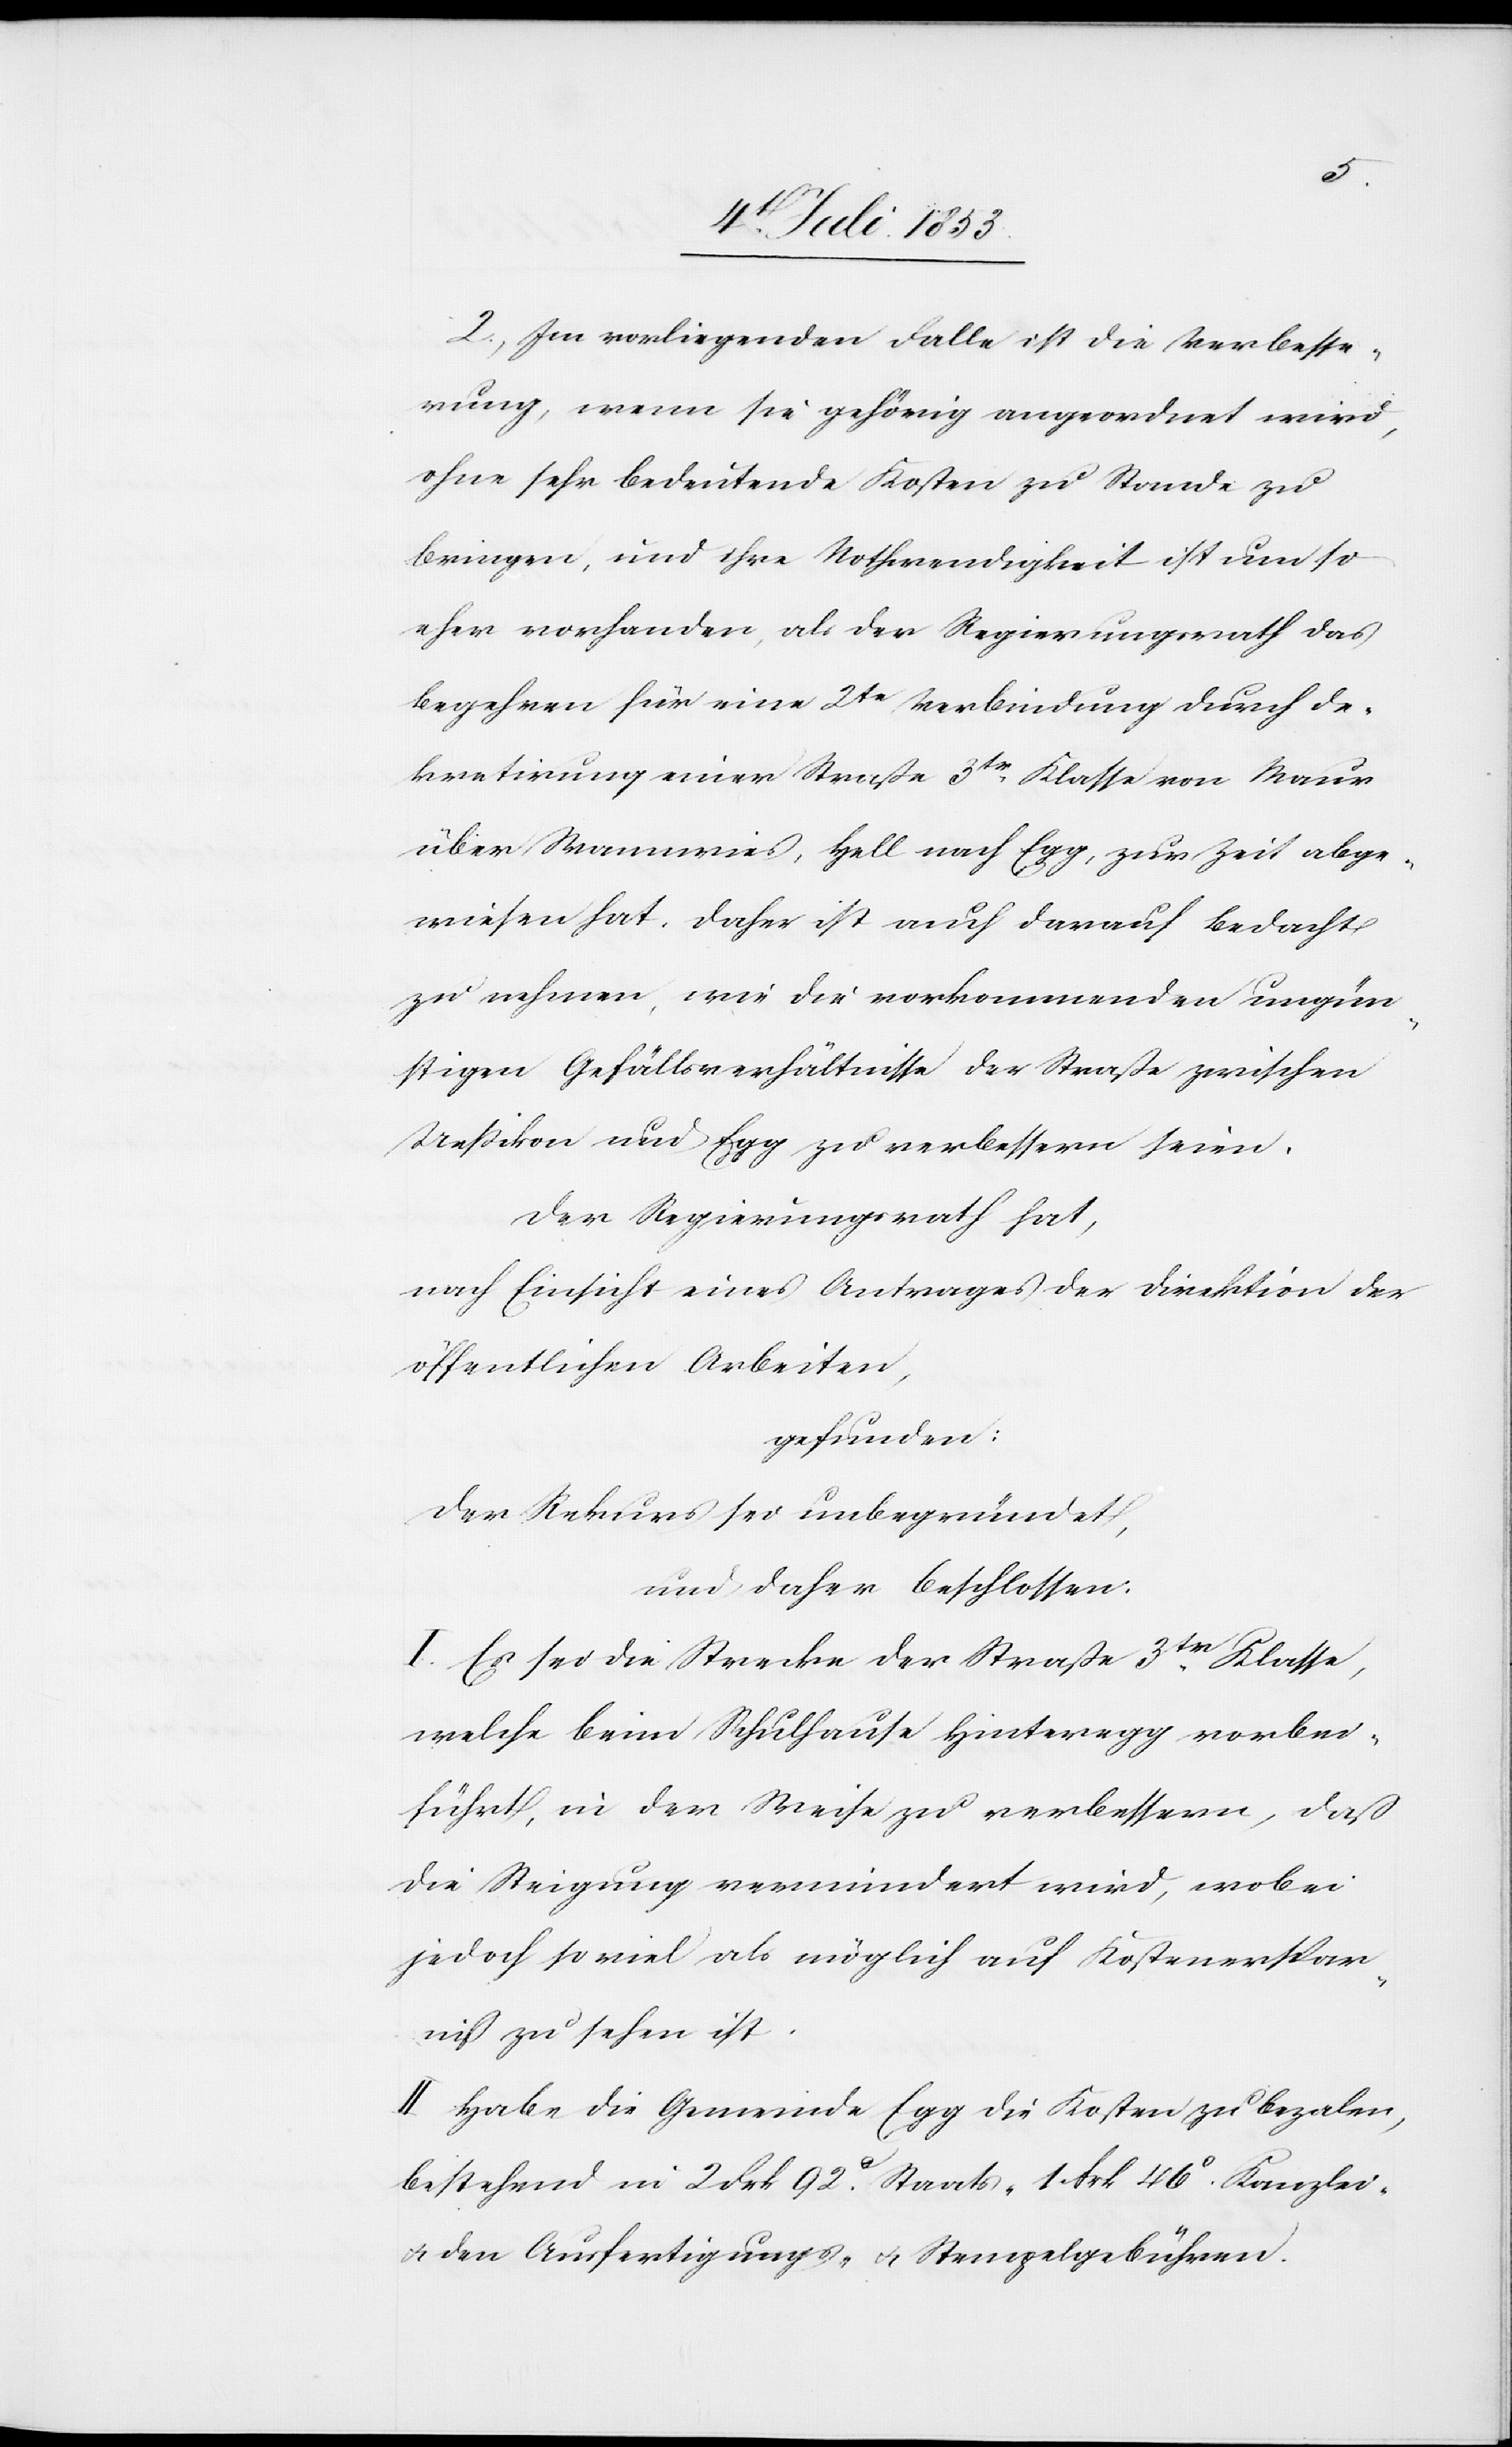
2. Im vorliegenden Falle ist die Verbesse¬
rung, wenn sie gehörig angeordnet wird,
ohne sehr bedeutende Kosten zu Stande zu
bringen, und ihre Nothwendigkeit ist um so
eher vorhanden, als der Regierungsrath das
Begehren für eine 2te Verbindung durch De¬
kretirung einer Straße 3tr Klasse von Maur
über Wannenwies, Hell nach Egg, zur Zeit abge¬
wiesen hat. Daher ist auch darauf Bedacht
zu nehmen, wie die vorkommenden ungün¬
stigen Gefällsverhältnisse der Straße zwischen
Ueßikon und Egg zu verbessern seien.
Der Regierungsrath hat,
nach Einsicht eines Antrages der Direktion der
öffentlichen Arbeiten,
gefunden:
Der Rekurs sei unbegründet,
und daher beschloßen:
I. Es sei die Strecke der Straße 3tr Klasse,
welche beim Schulhause Hinteregg vorbei¬
führt, in der Weise zu verbessern, daß
die Steigung vermindert wird, wobei
jedoch so viel als möglich auf Kostenerspar¬
niß zu sehen ist.
II. Habe die Gemeinde Egg die Kosten zu bezalen
bestehend in 2 Frk. 92c Staats- 1 Frk. 46c Kanzlei-
u. den Ausfertigungs- u. Stempelgebühren.